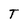
Character: T